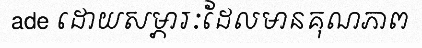
ade ដោយសម្ភារៈដែលមានគុណភាព